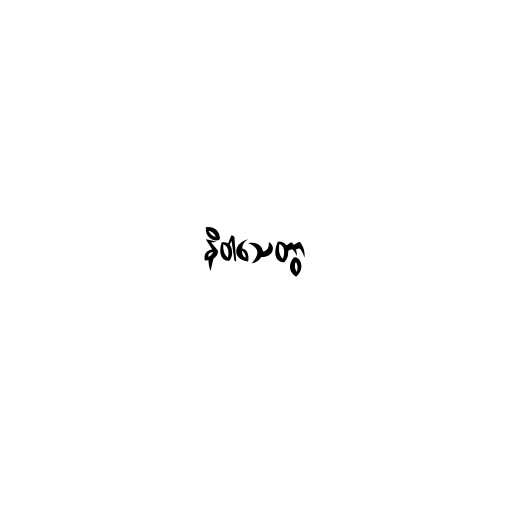
နိဝါသေတွာ